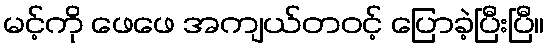
မင့်ကို ဖေဖေ အကျယ်တဝင့် ပြောခဲ့ပြီးပြီ။